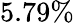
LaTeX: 5.79\%